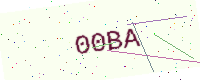
Text: 00BA